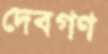
দেবগণ